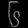
Digit: ၆